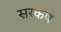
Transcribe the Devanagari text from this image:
सरकष